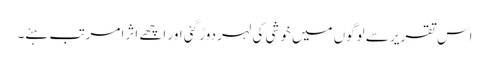
اس تقریر سے لوگوں میں خوشی کی لہر دوڑ گئی اور اچھے اثرا مرتب ہئے۔